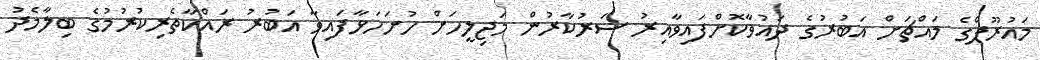
މައުރޫފްގެ މައްޗަށް އަބުރުގެ ދައުވާކޮށްފައިވާއިރު ސަރުކާރުން މަޖިލީހަށް ހުށަހަޅާފައިވާ އަބުރު ރައްކާތެރިކުރުމުގެ ބިލާމެދު